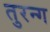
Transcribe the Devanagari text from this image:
तुरन्ग